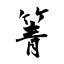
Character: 箐